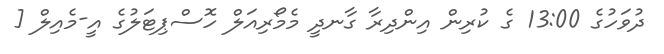
ދުވަހުގެ 13:00 ގެ ކުރިން އިންދިރާ ގާނދީ މެމޯރިއަލް ހޮސްޕިޓަލުގެ އީ-މެއިލް [